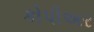
કોપીઅર